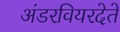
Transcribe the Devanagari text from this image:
अंडरवियरदेते